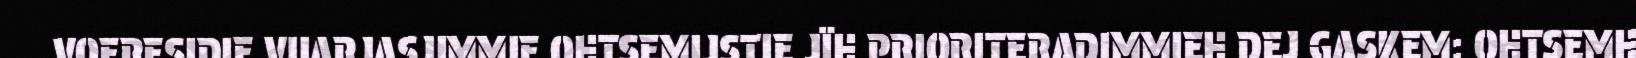
VOERESIDIE VUARJASJIMMIE OHTSEMIJSTIE JÏH PRIORITERADIMMIEH DEJ GASKEM: OHTSEMH